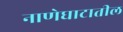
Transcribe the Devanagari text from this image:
नाणेघाटातील